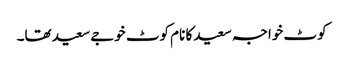
کوٹ خواجہ سعید کا نام کوٹ خوجے سعید تھا۔